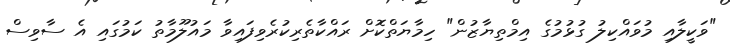
"ވަކީލާއި މުވައްކިލު ގުޅުމުގެ އިމްތިޔާޒުން" ހިމާޔަތްކޮށް ރައްކާތެރިކުރެވިފައިވާ މައުލޫމާތު ކަމުގައި އެ ސާވިސް